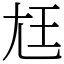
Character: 尪